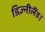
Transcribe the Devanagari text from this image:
डिज़्नीलैंड।